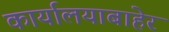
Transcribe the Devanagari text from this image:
कार्यालयाबाहेर